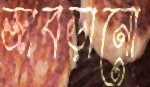
জাবড়ানো